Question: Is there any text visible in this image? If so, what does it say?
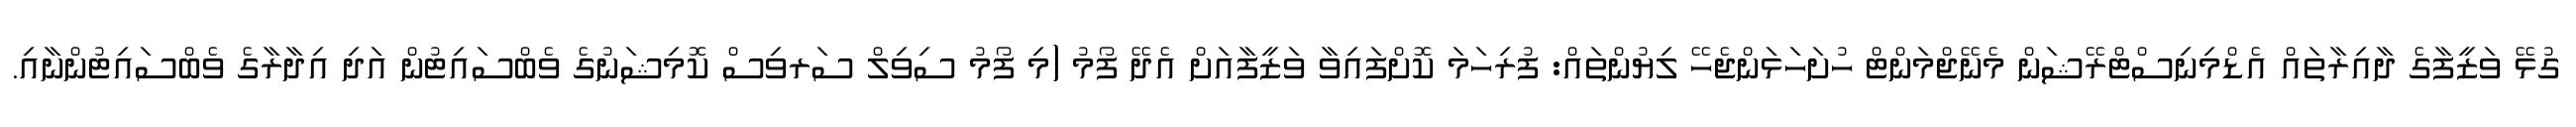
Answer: ގުޅޭ ވަޒީފާގެ ދާއިރާތައް އެޑްމިނިސްޓްރޭޝަން މެނޭޖްމަންޓް ހުށަހަޅަންޖެހޭ ލިޔުންތައް: ފުރިހަމަ ކޮށްފައިވާ ވަޒީފާއަށް އެދޭ ފޯމު (މި ފޯމު ސިވިލް ސަރވިސް ކޮމިޝަނުގެ ވެބްސައިޓުން އަދި އިދާރާގެ ވެބްސައިޓުންނާއި.